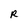
Character: R